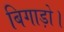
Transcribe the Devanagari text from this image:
बिगाड़ो।